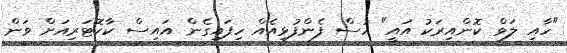
"ހާއި ލަވް ކޮންއިރަކު އައީ" ހުސް ފެންފުޅިއެއް ހިފައިގެން އައިސް ކާކޮޓަރިއަށް ވަން